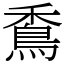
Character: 穒